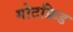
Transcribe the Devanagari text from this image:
गोटफ्रिड